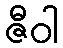
ဇီဝါ